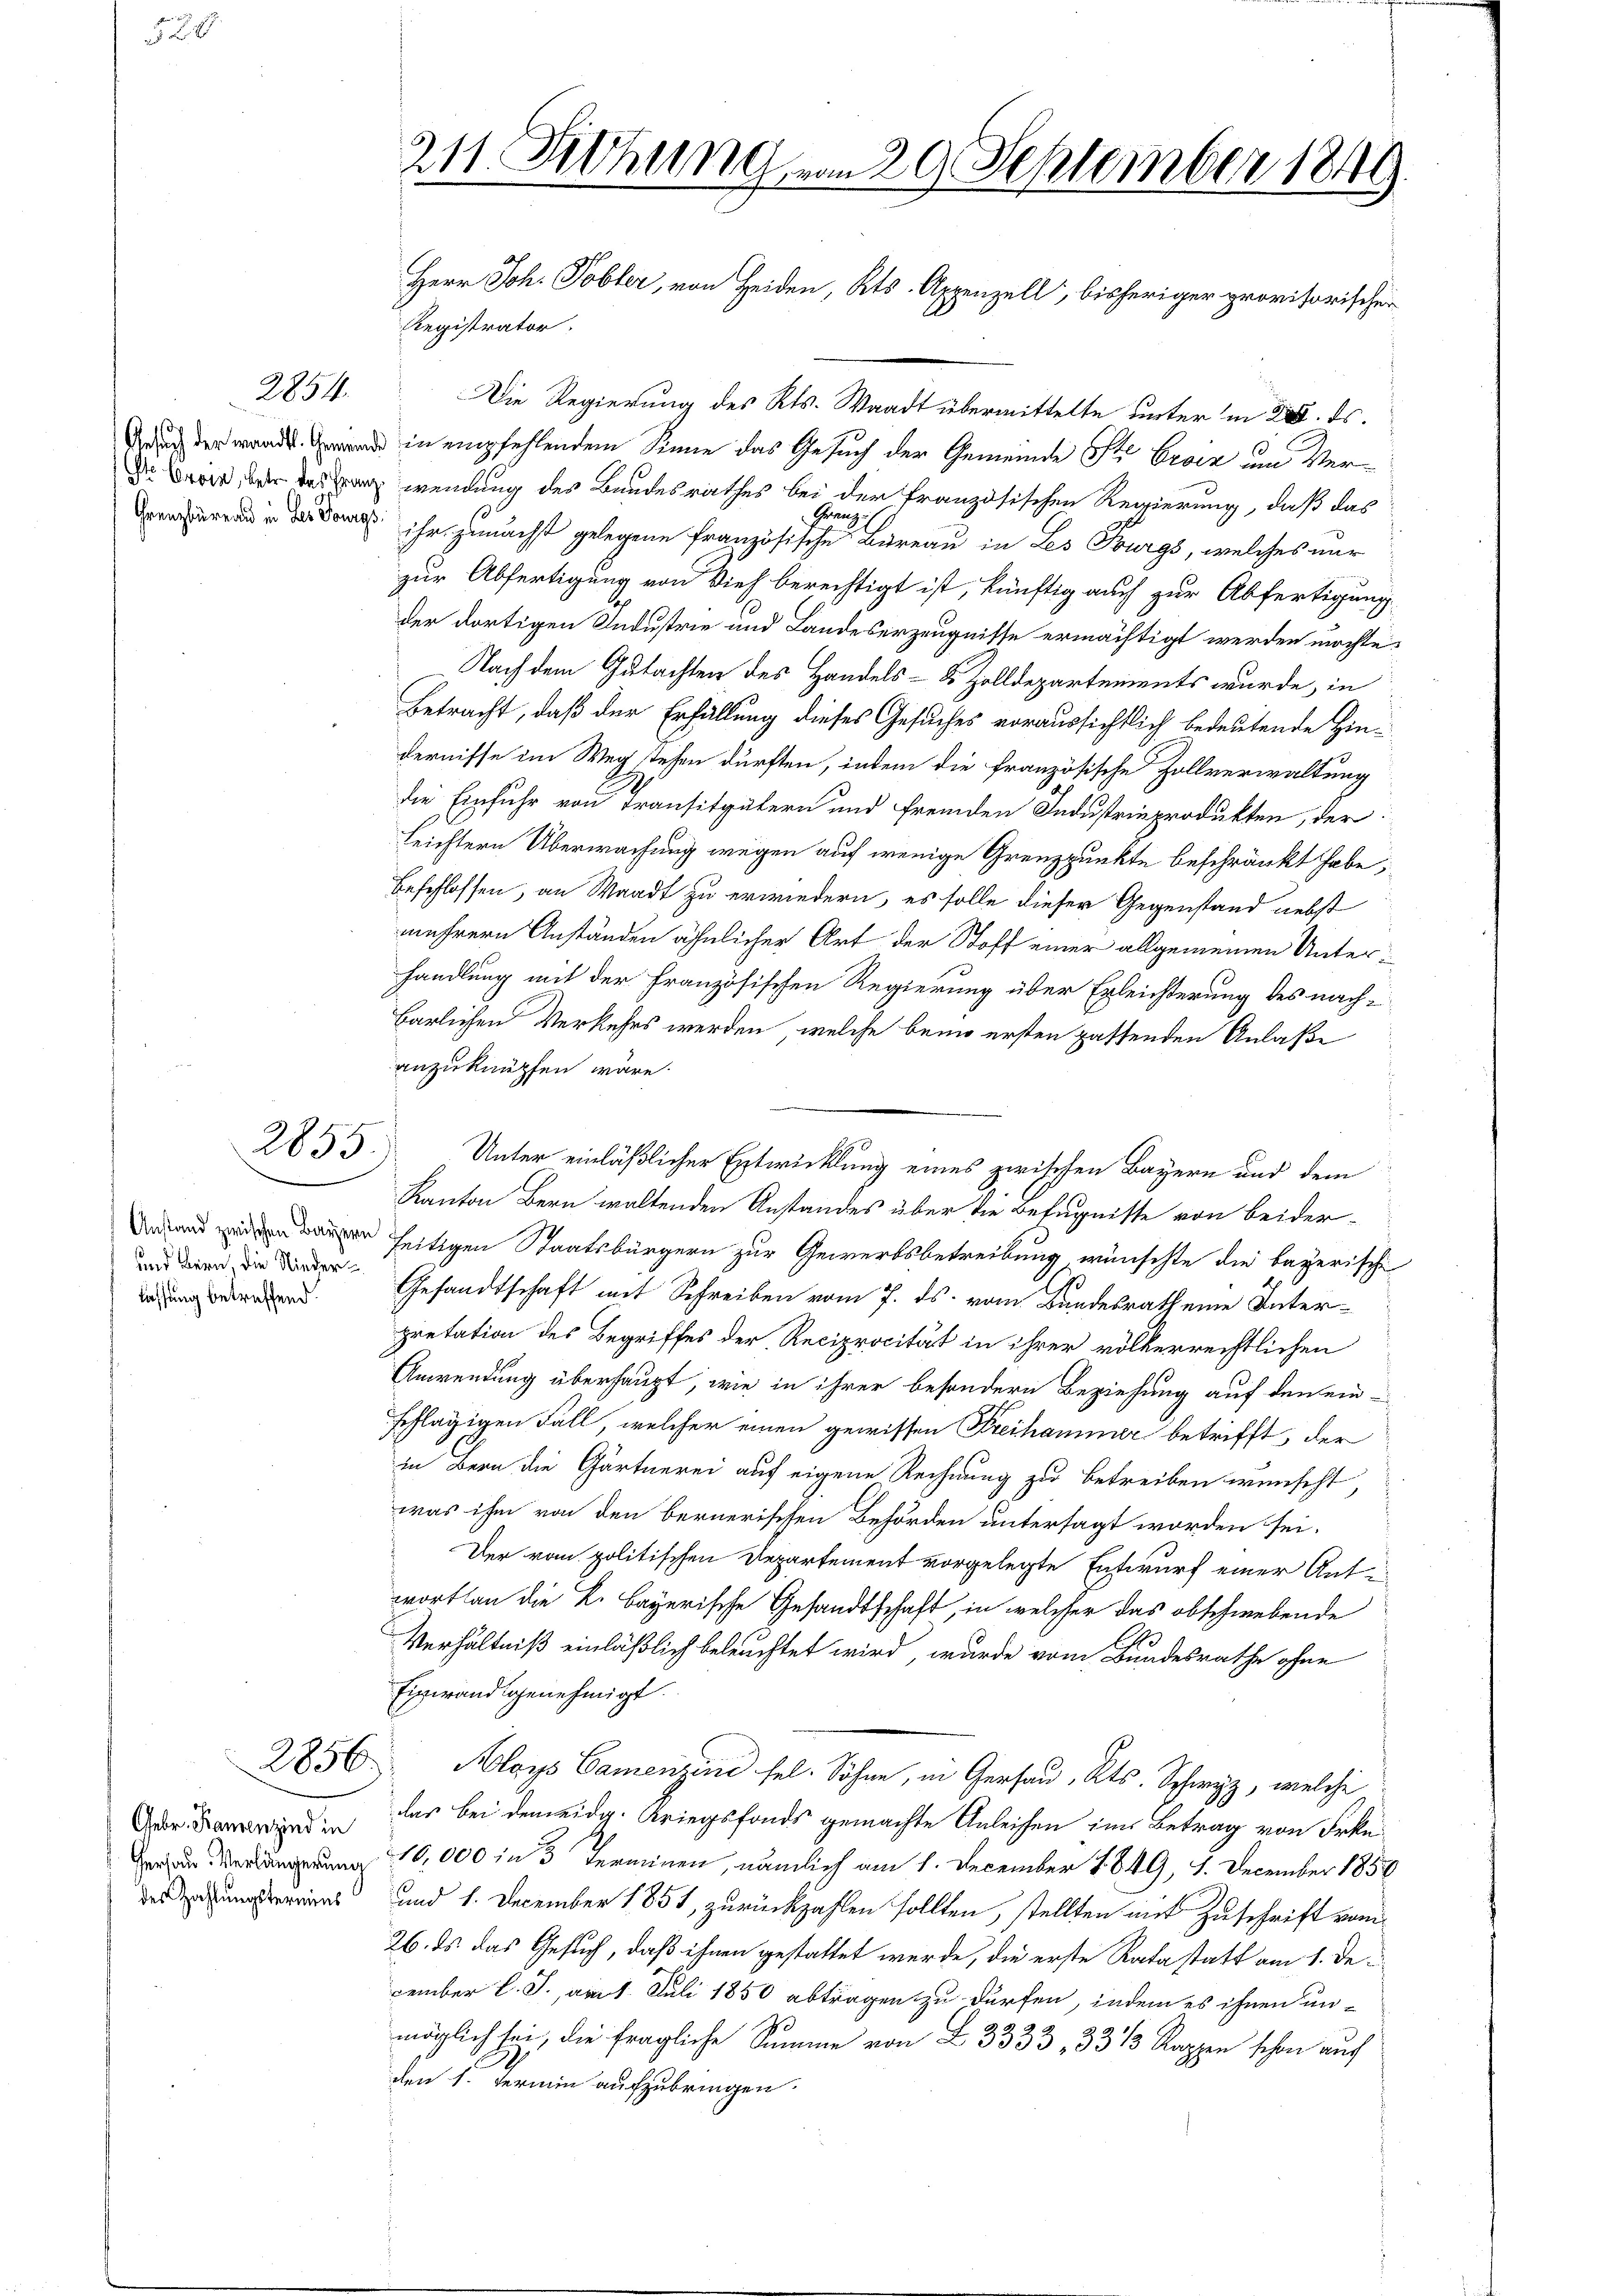
2854.

2855.

und Bern, die Niederliessung betreffend.

2856

des Zahlungstermins

Registrator
Die Regierung des Kts. Waadt übermittelte unter in 20. ds.
 in empfehlendem Sinne das Gesuch der Gemeinde Ste Croix um Ver¬
Dr , der das ganz wendung des Bandesrathes bei der französischen Regierung, daß das
dan ihr gemacht gelegene Französischen Bureau in des Furgs, welches nur
zur Abfertigung von Vieh berechtigt ist, künftig auch zur Abfertigung
der dortigen Industrie und Landeserzeugnisse ermächtigt werden möchte,
Nach dem Gutachten des Handels- & Zolldepartements wurde, in
Betracht, daß der Erfüllung dieses Gesuches voraussichtlich bedeutende Hindernisse im Weg stehen dürften, indem die französische Zollverwaltung
die Einfuhr von Transitgütern und fremden Industrieprodukten, der
leichtern Überwachung wegen auf wenige Grenzpunkte beschränkt habe,
Beschlossen, an Waadt zu erwiedern, es solle dieser Gegenstand nebst
mehrere Anständen ähnlicher Art der Stoff einer allgemeinen Unterhandlung mit der Französischen Regierung über Erleichterung des nachbärlichen Verkehrs werden, welche beim ersten passenden Anlaße
anzuknüpfen wäre.
Unter einläßlicher Entwicklung eines zwischen Bayern und dem
Kanton Bern waltenden Anstandes über die Befugnisse von beideraren seitigen Staatsbürgern zur Gewerbsbetreibung wünschte die bayerische
Gesandtschaft mit Schreiben vom 7. ds. vom Bundesrath eine Interpretation des Begriffes der Reciprocität in ihrer völkerrechtlichen
Anwendung überhaupt, wie in ihrer besondern Beziehung auf den ein-
schlägigen Fall, welcher einen gewissen Freihammer betrifft, der
in Bern die Gärtnerei auf eigene Rechnung zu betreiben wünscht,
was ihm von den bernerischen Behörden untersagt worden sei.
Der vom politischen Departement vorgelegte Entwurf einer Antr
wortlau die L. Bayerische Gesandtschaft, in welcher das obschwebende
Verhältniß einläßlich beleuchtet wird, wurde vom Bundesrathe ohne
Eigwandsgenehmigt.
Aloys Camenzine sel. Sohne, in Gersau, Kts. Schwyz, welche
wie der bei dem eidg. Kriegsfonds gemachte Anleisen im Betrag von Frkn.
 10,000 in 3 Terminen, nämlich am 1. December 1849, 1. December 1858
und 1. December 1851, zurückzahlen sollten, stellten mit Zuschrift vom
26. ds. das Gesuch, daß ihnen gestattet werde, die erste Rata statt am 1. December l. J., am 1. Juli 1850 abtragen zu dürfen, indem es ihnen un-
möglich sei, die fragliche Summe von L. 3333 33 1/3 Rappen schon auf
den 1. Termin aufzubringen.

211. Johung vom 29. September 1849.
Herr Joh. Tobler, von Heiden, Kts. Appenzell, bisheriger provisorischen